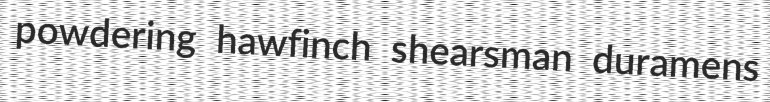
powdering hawfinch shearsman duramens